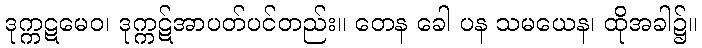
ဒုက္ကဋမေဝ၊ ဒုက္ကဋ်အာပတ်ပင်တည်း။ တေန ခေါ ပန သမယေန၊ ထိုအခါ၌။